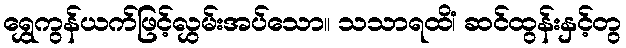
ရွှေကွန်ယက်ဖြင့်လွှမ်းအပ်သော။ သသာရထိံ၊ ဆင်ထွန်းနှင့်တွ